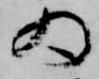
為